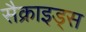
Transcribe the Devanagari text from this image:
सैक्राइड्स